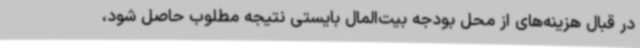
در قبال هزینه‌های از محل بودجه بیت‌المال بایستی نتیجه مطلوب حاصل شود،